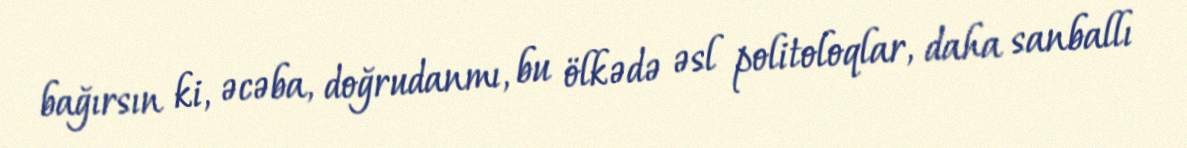
bağırsın ki, əcəba, doğrudanmı, bu ölkədə əsl politoloqlar, daha sanballı